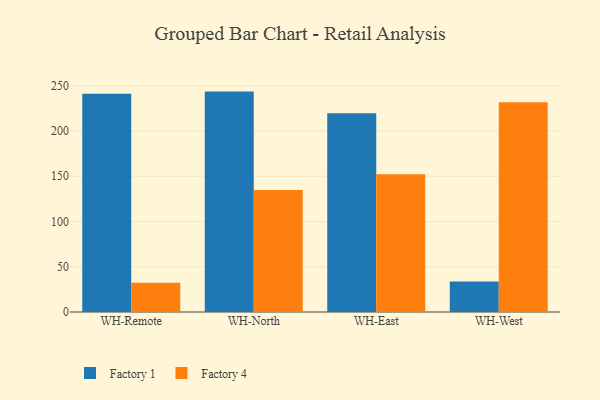
{"axis": {"x": "Warehouse", "y": "Page Views"}, "legend": ["Factory 1", "Factory 4"], "data": [{"x": "WH-Remote", "y": 241.2, "type": "Factory 1"}, {"x": "WH-Remote", "y": 32.2, "type": "Factory 4"}, {"x": "WH-North", "y": 243.5, "type": "Factory 1"}, {"x": "WH-North", "y": 134.8, "type": "Factory 4"}, {"x": "WH-East", "y": 219.5, "type": "Factory 1"}, {"x": "WH-East", "y": 152.3, "type": "Factory 4"}, {"x": "WH-West", "y": 33.7, "type": "Factory 1"}, {"x": "WH-West", "y": 231.8, "type": "Factory 4"}]}